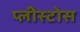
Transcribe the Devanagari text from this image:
प्लीस्टोस